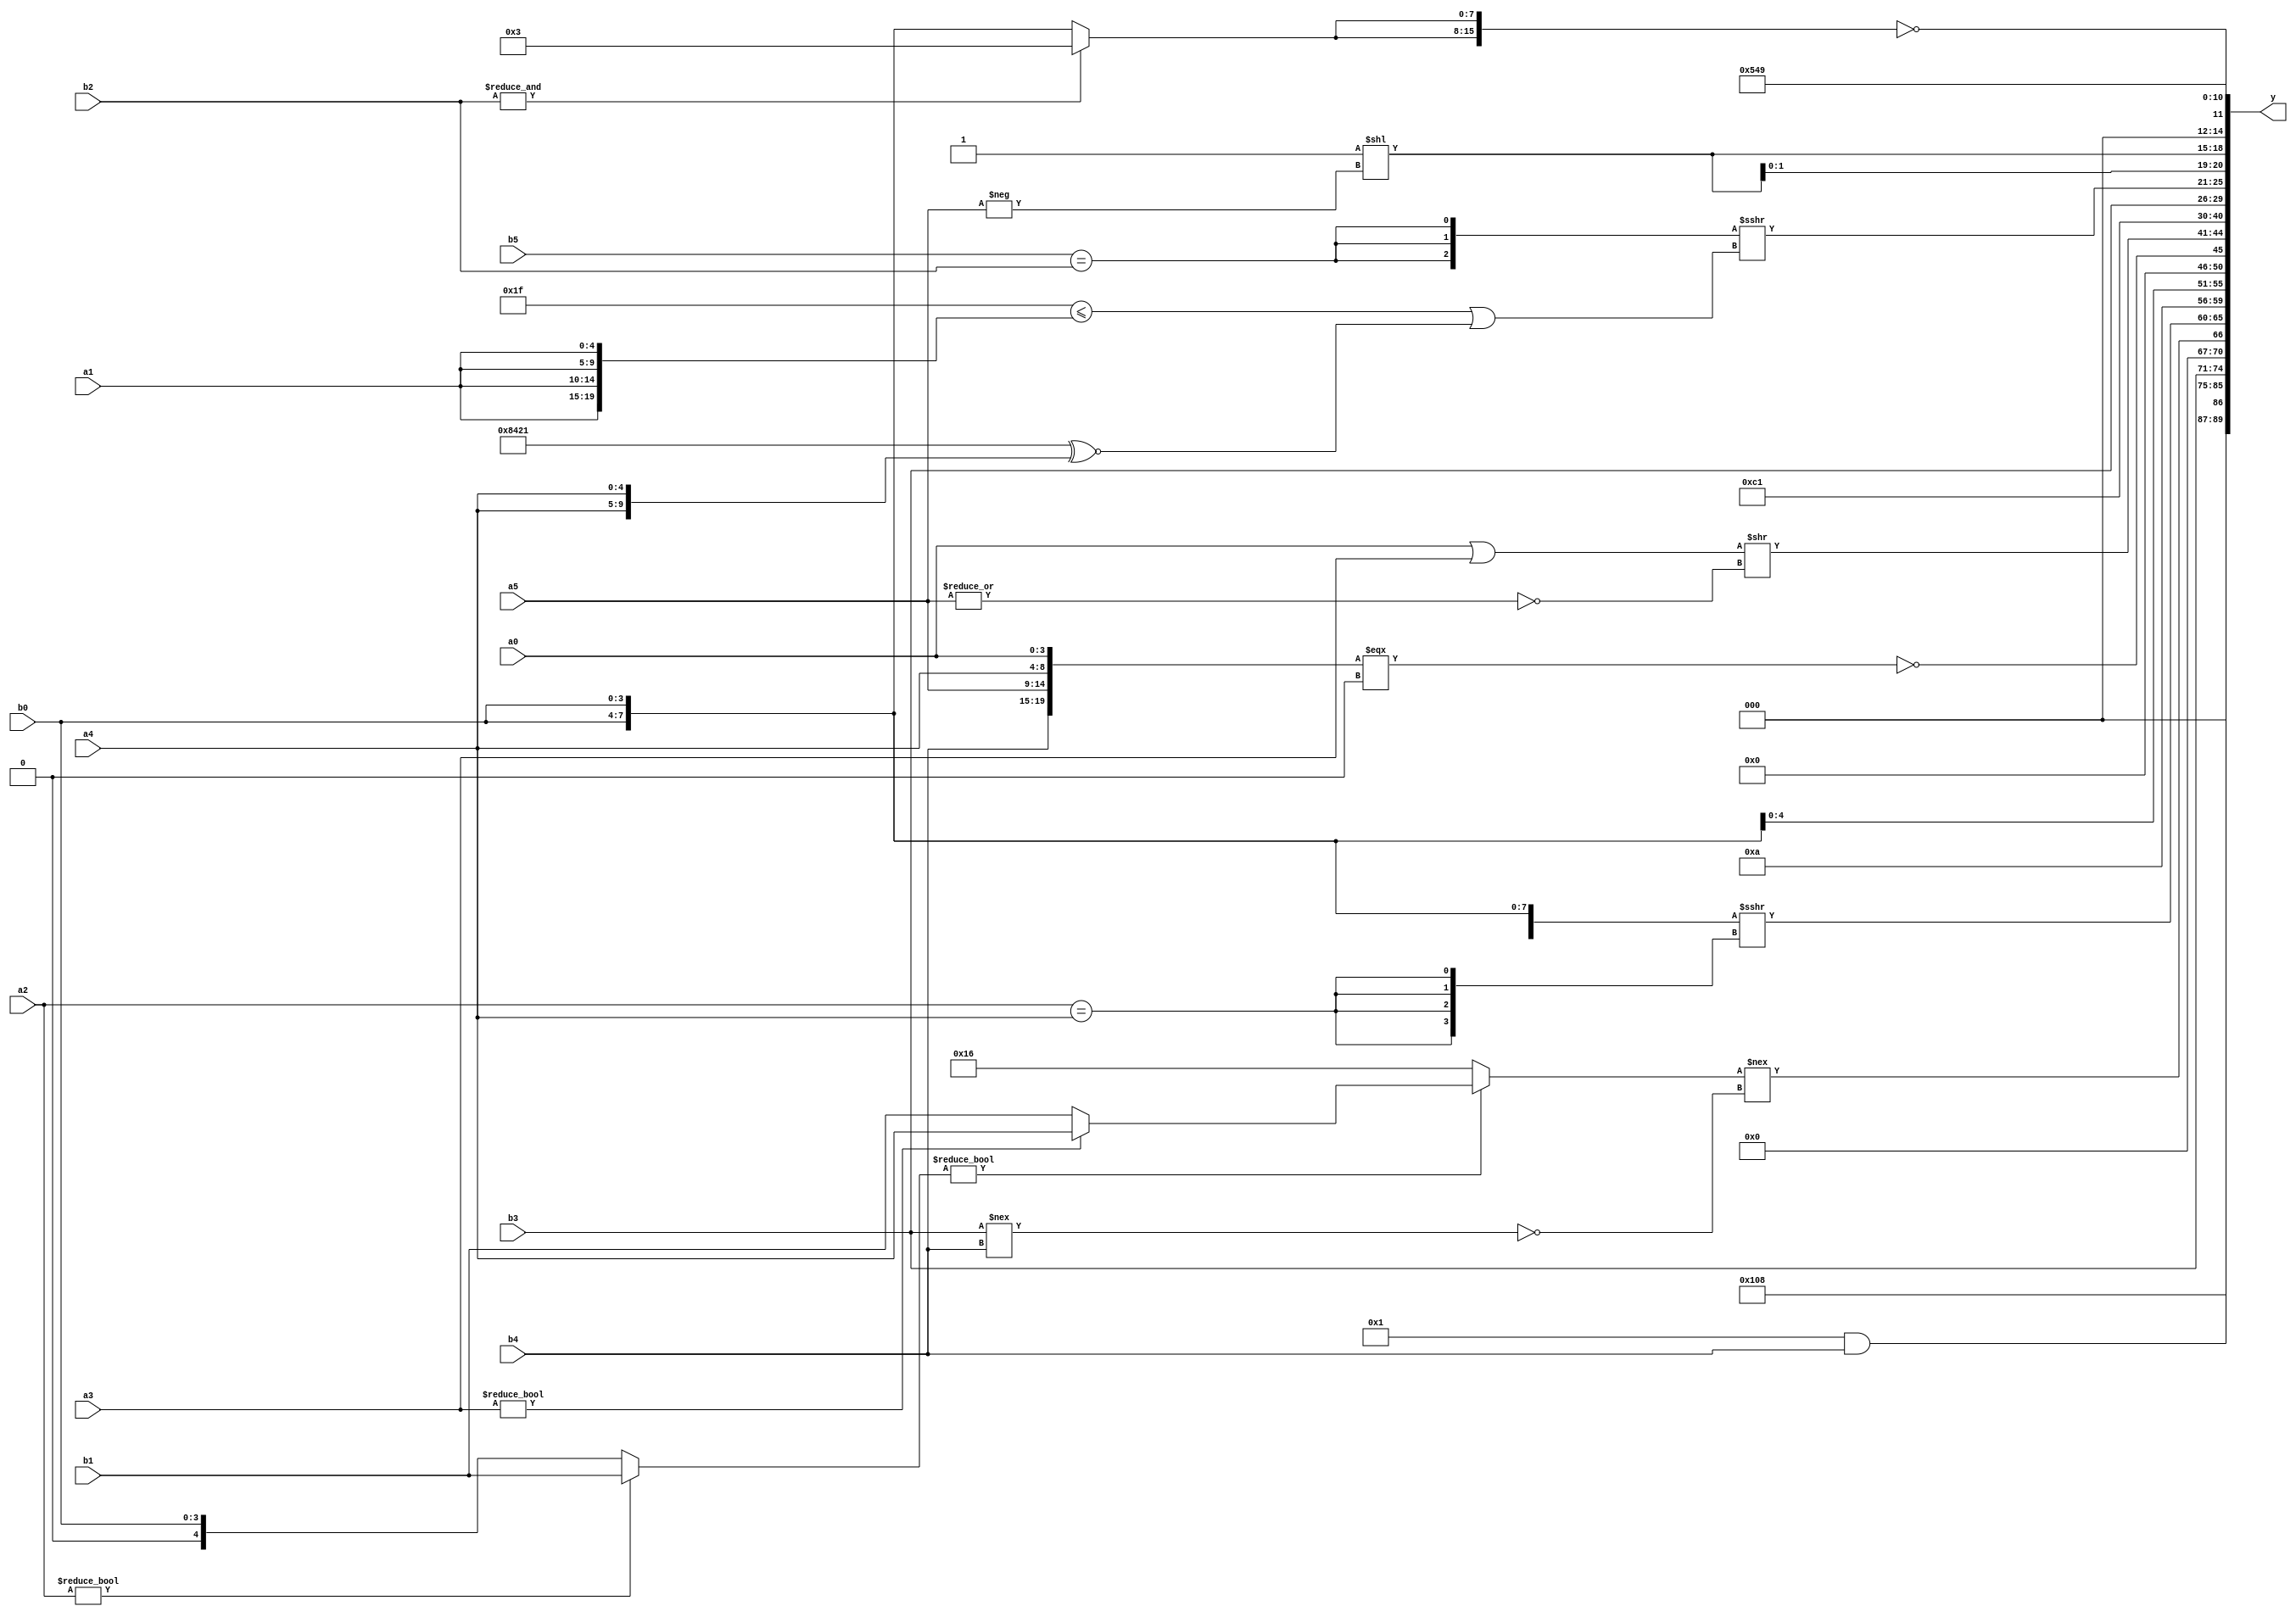
module expression_00728(a0, a1, a2, a3, a4, a5, b0, b1, b2, b3, b4, b5, y);
  input [3:0] a0;
  input [4:0] a1;
  input [5:0] a2;
  input signed [3:0] a3;
  input signed [4:0] a4;
  input signed [5:0] a5;

  input [3:0] b0;
  input [4:0] b1;
  input [5:0] b2;
  input signed [3:0] b3;
  input signed [4:0] b4;
  input signed [5:0] b5;

  wire [3:0] y0;
  wire [4:0] y1;
  wire [5:0] y2;
  wire signed [3:0] y3;
  wire signed [4:0] y4;
  wire signed [5:0] y5;
  wire [3:0] y6;
  wire [4:0] y7;
  wire [5:0] y8;
  wire signed [3:0] y9;
  wire signed [4:0] y10;
  wire signed [5:0] y11;
  wire [3:0] y12;
  wire [4:0] y13;
  wire [5:0] y14;
  wire signed [3:0] y15;
  wire signed [4:0] y16;
  wire signed [5:0] y17;

  output [89:0] y;
  assign y = {y0,y1,y2,y3,y4,y5,y6,y7,y8,y9,y10,y11,y12,y13,y14,y15,y16,y17};

  localparam [3:0] p0 = {1{{4{{(5'sd11),(4'd1)}}}}};
  localparam [4:0] p1 = (-2'sd0);
  localparam [5:0] p2 = ({(-(2'd3))}?((5'd8)|(5'd1)):((2'd2)?(-2'sd0):(5'sd12)));
  localparam signed [3:0] p3 = ({(-5'sd12),((4'd5)?(-4'sd6):(4'sd7)),(5'd30)}<((4'd6)-((2'd0)&&(4'sd3))));
  localparam signed [4:0] p4 = {2{{4{((-2'sd0)<=(-3'sd0))}}}};
  localparam signed [5:0] p5 = {(((5'sd8)^~(5'd15))?{(-5'sd14),(4'd8),(4'd0)}:((-3'sd0)&&(-4'sd7)))};
  localparam [3:0] p6 = (!(5'sd3));
  localparam [4:0] p7 = ((-5'sd9)^(-3'sd3));
  localparam [5:0] p8 = (2'd2);
  localparam signed [3:0] p9 = (~^((2'd3)+(2'd2)));
  localparam signed [4:0] p10 = (((-2'sd0)&&(4'sd2))!=((-3'sd1)>(4'd2)));
  localparam signed [5:0] p11 = (((4'sd3)?(-3'sd2):(3'd3))?((2'd0)?(4'sd6):(3'd4)):{1{((2'd2)>>>(-3'sd0))}});
  localparam [3:0] p12 = {{(~&(4'd14)),(!(2'sd1))}};
  localparam [4:0] p13 = {((4'd14)>>>(4'd0))};
  localparam [5:0] p14 = ((((2'd2)?(3'd2):(5'sd11))?(~&(4'd6)):((2'd1)?(3'd3):(-4'sd0)))&(|((5'd21)?(5'd10):(5'd29))));
  localparam signed [3:0] p15 = ((~^(3'd0))|(!(2'd0)));
  localparam signed [4:0] p16 = ({(-(3'sd3)),{(2'd3),(-2'sd0),(4'sd7)},(!(4'sd1))}==(^(((-3'sd1)!=(5'd30))|((4'd10)?(5'sd11):(3'sd0)))));
  localparam signed [5:0] p17 = (((2'd2)==(2'd1))||((4'd11)+(2'd2)));

  assign y0 = (&(p10&&b4));
  assign y1 = (p9?p14:p11);
  assign y2 = (5'sd8);
  assign y3 = {b3};
  assign y4 = (((a2?b1:b0)?(a3?a4:b1):(5'd22))!==((b3!==b4)!=(4'd1)));
  assign y5 = ({2{{3{b0}}}}>>>{4{(a2==a4)}});
  assign y6 = (5'd2 * (5'd13));
  assign y7 = {2{b0}};
  assign y8 = (&{(!({{b4},{a5,a4,a0}}===(|(4'd0))))});
  assign y9 = ((a0|a3)>>(~^(|a5)));
  assign y10 = {(-(5'd29))};
  assign y11 = (((p7>>>p15)?(|p8):(p17?p15:p17))>>>((p15&&p8)^~(&(p11^~p2))));
  assign y12 = {{$signed((p3?p17:b5)),($signed(p2)),{p13,p8,b3}}};
  assign y13 = ({3{{1{(b5==b2)}}}}>>>({1{({1{p4}}<={4{a1}})}}||({4{p10}}^~{2{a4}})));
  assign y14 = {3{((-p15)<<(-a5))}};
  assign y15 = {1{(|(!{2{((&(&b2))?(2'd3):{2{b0}})}}))}};
  assign y16 = (-5'sd11);
  assign y17 = (~(-p7));
endmodule